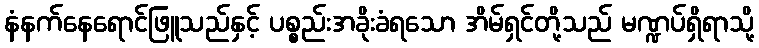
နံနက်နေရောင်ဖြူသည်နှင့် ပစ္စည်းအခိုးခံရသော အိမ်ရှင်တို့သည် မဏ္ဍပ်ရှိရာသို့